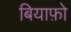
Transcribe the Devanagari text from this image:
बियाफ़ो